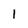
Character: 1